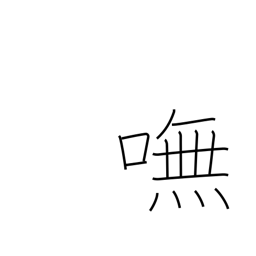
Meaning: indeed